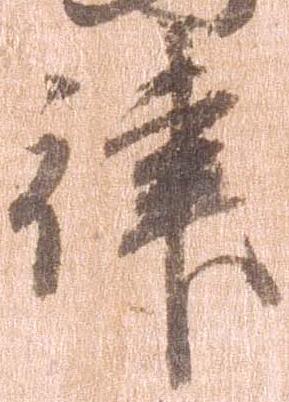
津